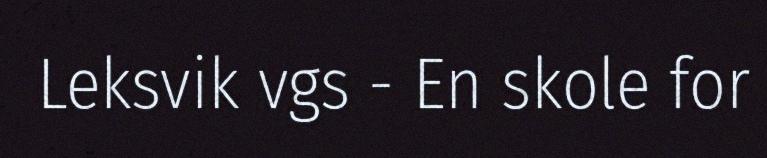
Leksvik vgs - En skole for